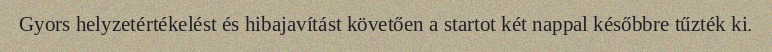
Gyors helyzetértékelést és hibajavítást követően a startot két nappal későbbre tűzték ki.